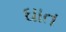
ઘાત